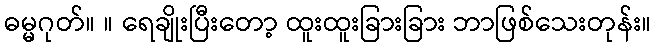
ဓမ္မဂုတ်။ ။ ရေချိုးပြီးတော့ ထူးထူးခြားခြား ဘာဖြစ်သေးတုန်း။